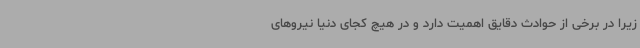
زیرا در برخی از حوادث دقایق اهمیت دارد و در هیچ کجای دنیا نیروهای